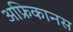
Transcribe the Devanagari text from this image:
अफ्रिकानस